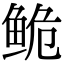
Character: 𬶏